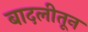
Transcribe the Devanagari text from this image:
बादलीतून